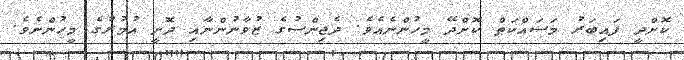
ކޮށްދީ ފައިބަރު މަސައްކަތް ކޮށްދޭ މީހުންނެއެވެ. ދެޖިންސުގެ ޒުވާނުންނާއި ދޮށީ އުމުރުގެ މީހުންނެވެ.